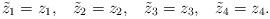
LaTeX: \begin{align*}{\tilde z}_1=z_1,\;\;\;{\tilde z}_2=z_2,\;\;\;{\tilde z}_3=z_3,\;\;\;{\tilde z}_4=z_4.\end{align*}